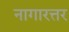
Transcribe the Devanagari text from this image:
नागारत्तर